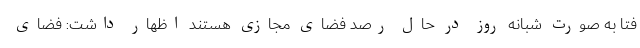
فتا به صورت شبانه روز در حال رصد فضای مجازی هستند اظهار داشت: فضای